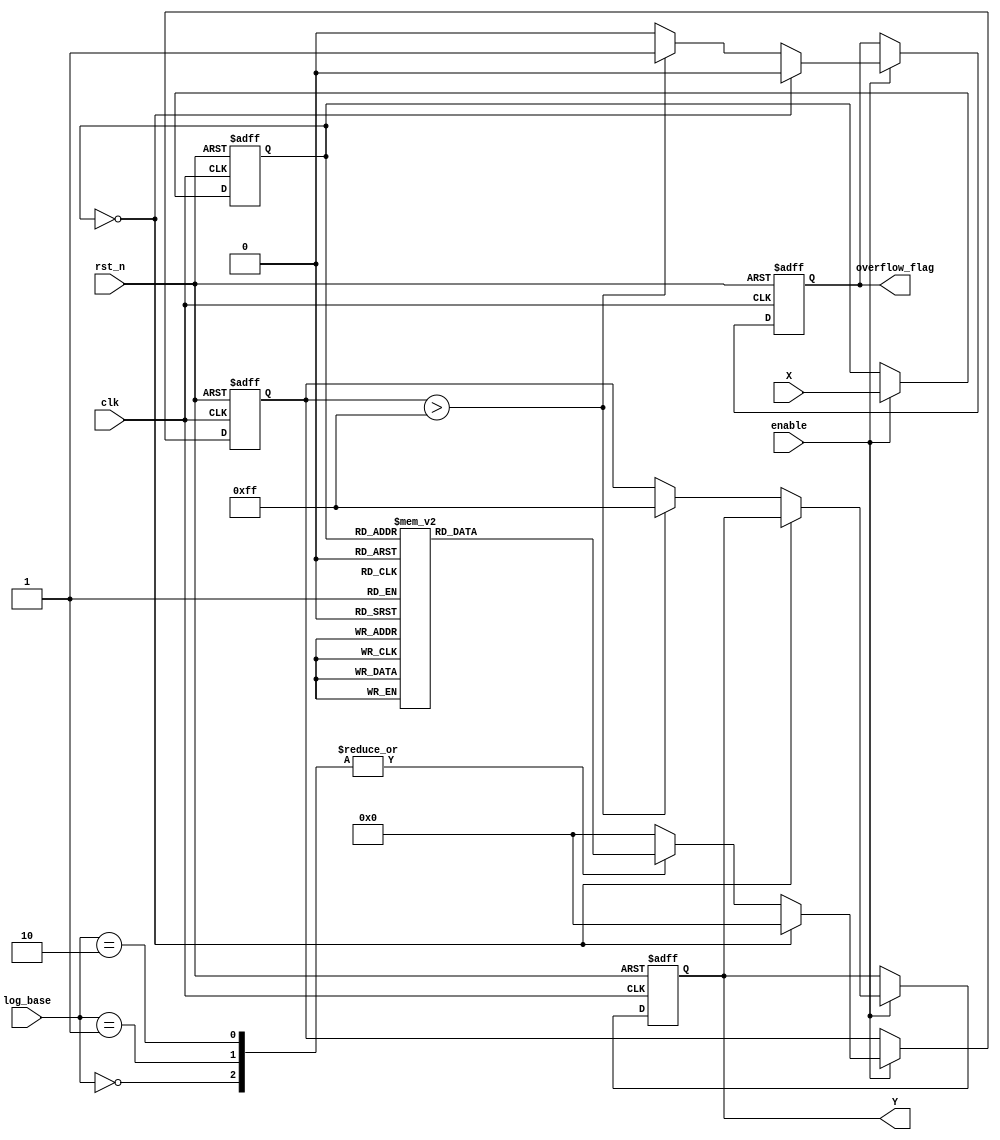
module LogarithmicScaling (
    input wire clk,
    input wire rst_n,
    input wire enable,
    input wire [7:0] X,          // Input data (8-bit)
    input wire [1:0] log_base,   // Control signal for logarithm base (00: base 2, 01: base e, 10: base 10)
    output reg [7:0] Y,          // Logarithmic output (8-bit)
    output reg overflow_flag      // Overflow flag
);

// Internal registers
reg [7:0] input_reg;
reg [7:0] log_result;

// Logarithm lookup table (for base 2, e, and 10)
reg [7:0] log_lut[0:255]; // 256 entries for 8-bit input

// Initialization of lookup table (example values)
initial begin
    // Fill in the lookup table with precomputed logarithmic values
    // This is just an example; actual values should be computed or derived
    log_lut[0] = 8'd0;   // log(0) is undefined, but we set it to 0 for safety
    log_lut[1] = 8'd0;   // log(1) = 0
    // ... (fill in other values) ...
    log_lut[255] = 8'd8; // Example value for log(255)
end

// Input stage
always @(posedge clk or negedge rst_n) begin
    if (!rst_n) begin
        input_reg <= 8'd0;
    end else if (enable) begin
        input_reg <= X;
    end
end

// Logarithmic calculation unit
always @(posedge clk or negedge rst_n) begin
    if (!rst_n) begin
        log_result <= 8'd0;
        Y <= 8'd0;
        overflow_flag <= 1'b0;
    end else if (enable) begin
        // Check for zero input
        if (input_reg == 8'd0) begin
            log_result <= 8'd0; // Log(0) is undefined, handle as zero
            overflow_flag <= 1'b0; // No overflow
        end else begin
            // Use LUT to get logarithm based on control signal
            case (log_base)
                2'b00: log_result <= log_lut[input_reg]; // Base 2
                2'b01: log_result <= log_lut[input_reg]; // Base e (natural log)
                2'b10: log_result <= log_lut[input_reg]; // Base 10
                default: log_result <= 8'd0; // Default case
            endcase

            // Check for overflow
            if (log_result > 8'd255) begin
                overflow_flag <= 1'b1; // Set overflow flag if out of range
                Y <= 8'd255; // Cap output to max value
            end else begin
                overflow_flag <= 1'b0;
                Y <= log_result; // Assign the logarithmic result to output
            end
        end
    end
end

endmodule